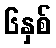
၆နှစ်